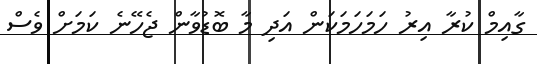
ގާއިމް ކުރާ އިރު ހަމަހަމަކަން އަދި މާ ބޮޑުވާން ޖެހޭނެ ކަމަށް ވެސް